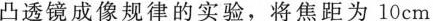
凸透镜成像规律的实验，将焦距为10cm